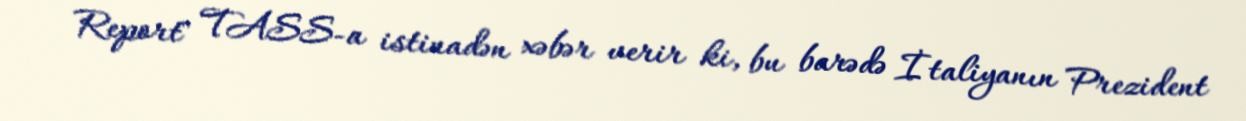
Report" TASS-a istinadən xəbər verir ki, bu barədə İtaliyanın Prezident